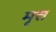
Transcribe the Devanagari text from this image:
मृत्त